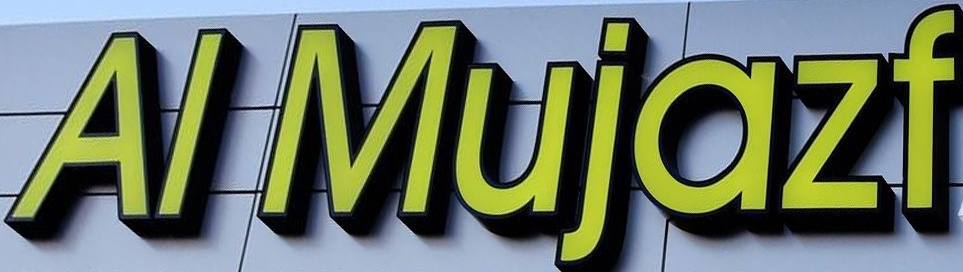
AL Mujazf